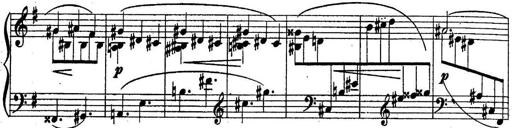
Title: Sonatine
Composer: Adrian Shaposhnikov
Key: E minor